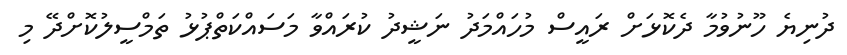
ދުނިޔެ ހޫނުވުމާ ދެކޮޅަށް ރައީސް މުހައްމަދު ނަޝީދު ކުރައްވާ މަސައްކަތްޕުޅު ތަމްސީލުކޮށްދޭ މި